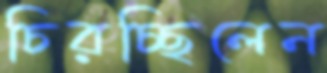
চিরচ্ছিলেন